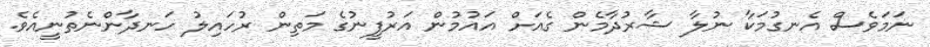
ނަމަވެސް އެނގުމަކާ ނުލާ ޝާރުދާމެން ގެއަށް އައުމުން އަރުފީނުގެ މަތިން ރުހައިލު ހަނދާންނެތުނީއެވެ.